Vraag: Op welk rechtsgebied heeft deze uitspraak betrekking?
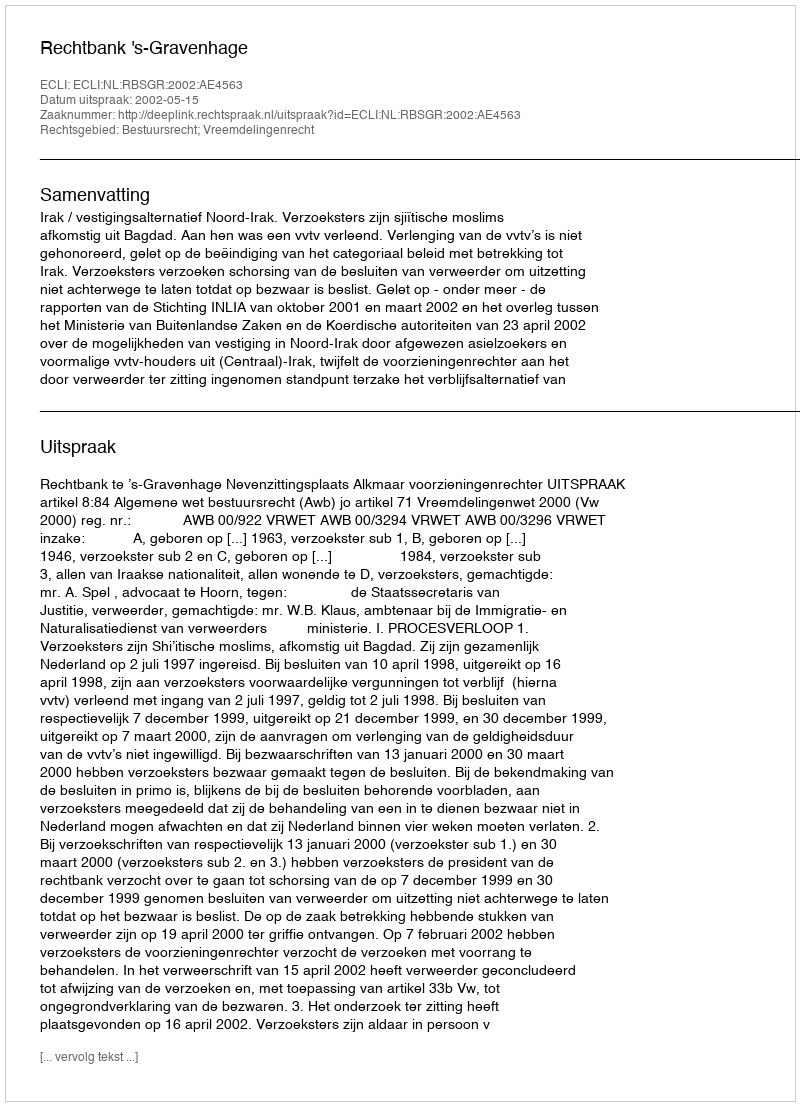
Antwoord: Bestuursrecht; Vreemdelingenrecht